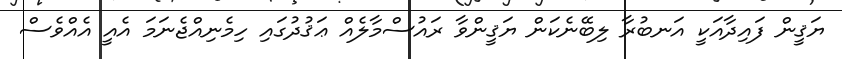
ޔަޤީން ފައިދާއަކީ އަނބުރާ ލިބޭނެކަން ޔަޤީންވާ ރައުސްމާލެއް ޢަޤުދުގައި ހިމެނިއްޖެނަމަ އެއީ އެއްވެސް